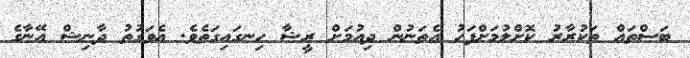
ބަސްތައް ތަކުރާރު ކޮށްލުމަށްފަހު އެތަނުން ދިއުމަށް ރީޝާ ހިނގައިގަތެެވެ. އެވަގުތު ދާނިޝް އޭނާގެ